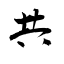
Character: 共